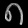
Digit: ၈